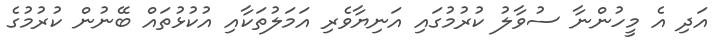
އަދި އެ މީހުންނާ ސުވާލު ކުރުމުގައި އަނިޔާވެރި އަމަލުތަކާއި އުކުޅުތައް ބޭނުން ކުރުމުގެ